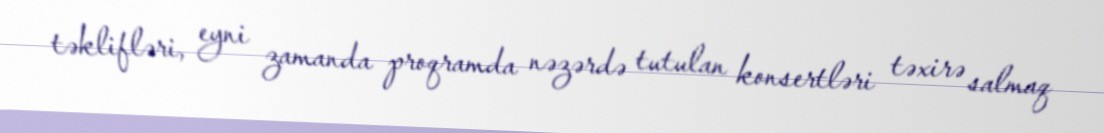
təklifləri, eyni zamanda proqramda nəzərdə tutulan konsertləri təxirə salmaq